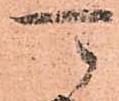
可